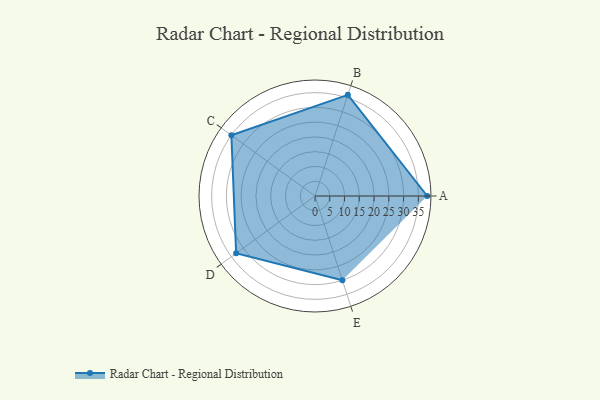
{"axis": {"x": "Skill", "y": "Score"}, "legend": ["Profile"], "data": [{"x": "A", "y": 38.0, "type": "Profile"}, {"x": "B", "y": 36.0, "type": "Profile"}, {"x": "C", "y": 35.0, "type": "Profile"}, {"x": "D", "y": 33.0, "type": "Profile"}, {"x": "E", "y": 30.0, "type": "Profile"}]}